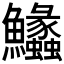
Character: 𩽵